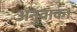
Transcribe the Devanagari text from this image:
अनुवाक।